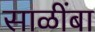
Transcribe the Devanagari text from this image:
साळींबा